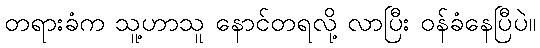
တရားခံက သူ့ဟာသူ နောင်တရလို့ လာပြီး ဝန်ခံနေပြီပဲ။